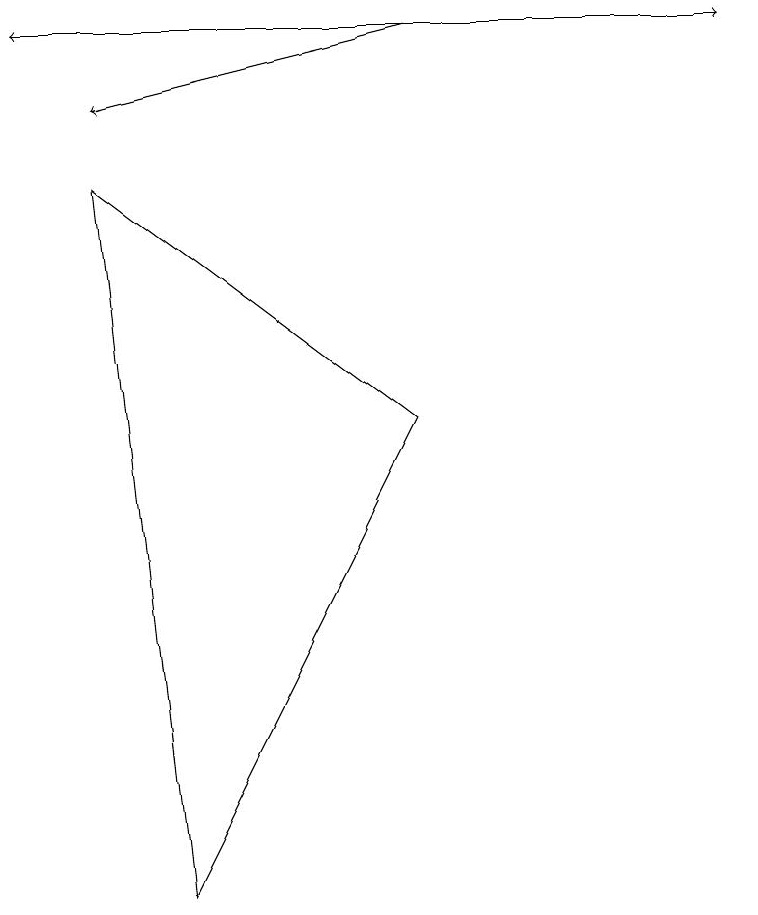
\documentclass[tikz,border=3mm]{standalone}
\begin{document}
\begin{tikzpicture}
\draw[->] (1,11) -- (9,11);
\draw (5,6) -- (2,0) -- (1,9) -- cycle;
\draw[->] (5,11) -- (0,11);
\draw[->] (5,11) -- (1,10);
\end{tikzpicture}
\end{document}